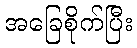
အခြေစိုက်ပြီး